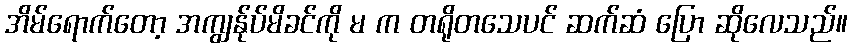
အိမ်ရောက်တော့ အကျွန်ုပ်မိခင်ကို မ က တရိုတသေပင် ဆက်ဆံ ပြော ဆိုလေသည်။